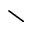
\setminus